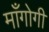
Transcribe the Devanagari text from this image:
माँगोगी